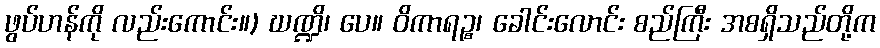
ဖွပ်ဟန်ကို လည်းကောင်း။) ဃဏ္ဍိ၊ ပေ။ ဝိကာရဉ္စ၊ ခေါင်းလောင်း စည်ကြီး အစရှိသည်တို့က